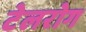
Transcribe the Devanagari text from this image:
टेलरोग